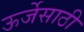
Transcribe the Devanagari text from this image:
ऊर्जेसाठी